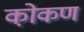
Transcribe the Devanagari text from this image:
को़कण